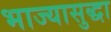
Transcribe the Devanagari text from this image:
भाज्यासुद्धा